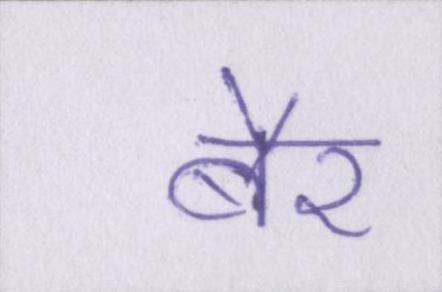
बैर